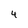
Character: 4